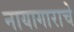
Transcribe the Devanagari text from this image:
नायागाराचे